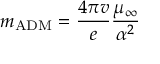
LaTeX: m _ { \mathrm { A D M } } = \frac { 4 \pi v } { e } \frac { \mu _ { \infty } } { \alpha ^ { 2 } }